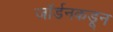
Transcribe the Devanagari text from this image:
जॉर्डनकडून